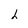
Character: L